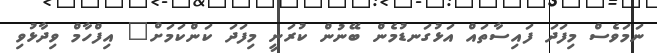
ނަމަވެސް މިފަދަ ފައިސާތައް އަޅުގަނޑުމެން ބޭނުން ކުރަނީ މިފަދަ ކަންކަމަށް" އިފްހާމް ވިދާޅުވި